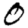
Digit: 0